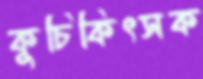
কুচিকিৎসক